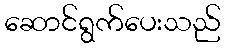
ဆောင်ရွက်ပေးသည်